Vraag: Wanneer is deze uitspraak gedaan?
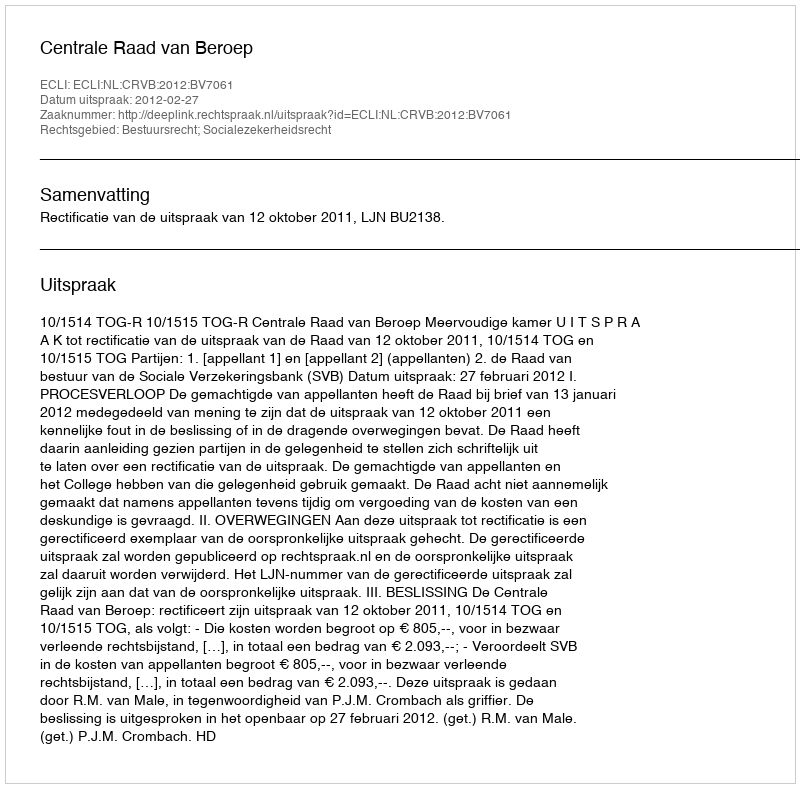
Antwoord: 2012-02-27